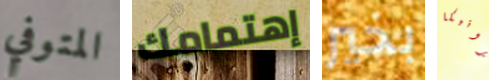
المتوفي إهتمامك بخير فيرونيكا